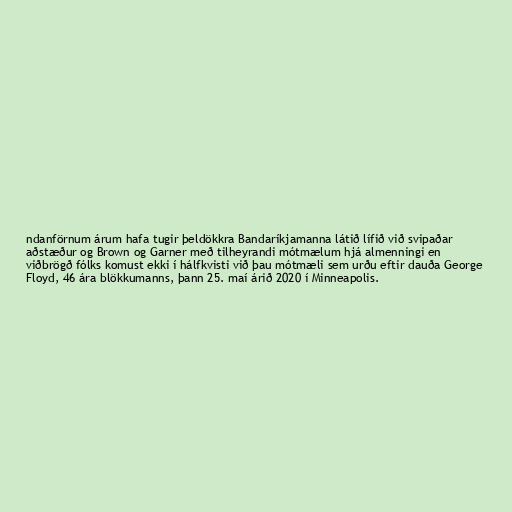
ndanförnum árum hafa tugir þeldökkra Bandaríkjamanna látið lífið við svipaðar
aðstæður og Brown og Garner með tilheyrandi mótmælum hjá almenningi en
viðbrögð fólks komust ekki í hálfkvisti við þau mótmæli sem urðu eftir dauða George
Floyd, 46 ára blökkumanns, þann 25. maí árið 2020 í Minneapolis.